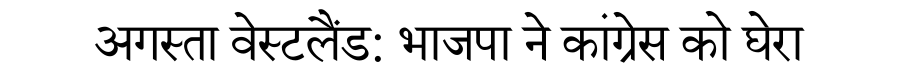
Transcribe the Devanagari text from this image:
अगस्ता वेस्टलैंड: भाजपा ने कांग्रेस को घेरा